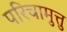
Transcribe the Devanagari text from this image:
परिचामुत्तु